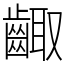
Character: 齱